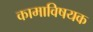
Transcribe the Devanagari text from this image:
कामाविषयक